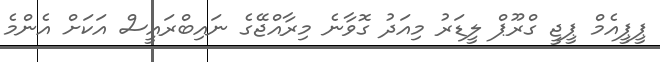
ޕީޕީއެމް ޕީޖީ ގްރޫޕް ލީޑަރު މިއަދު ގޮވާނެ މިރާއްޖޭގެ ނައިބްރައީސް އަކަށް އެންމެ